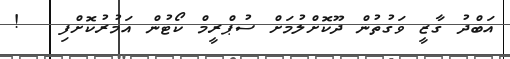
އަބްދު ގާޒީ ވަގުތުން ދޫކޮށްލުމަށް ސުޕްރީމް ކޯޓުން އަމުރުކޮށްފި   !